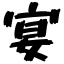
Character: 宴